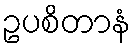
ဥပစိတာနံ